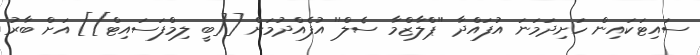
ސައިޓަކައިން ހަށިދަމަނަ އުފައްދާ ''ޕްލާޒްމާ ސެލް'' އުފެއްދުމަށް [[ބީ ލިމްފަސައިޓް]] އަށް ބާރު